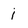
Character: i